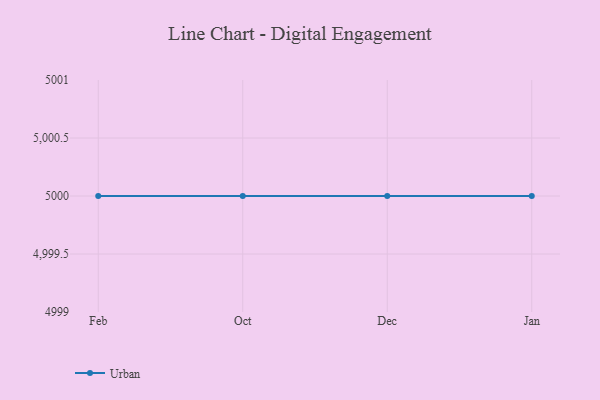
{"axis": {"x": "Month", "y": "Market Share (%)"}, "legend": ["Urban"], "data": [{"x": "Feb", "y": 5000, "type": "Urban"}, {"x": "Oct", "y": 5000, "type": "Urban"}, {"x": "Dec", "y": 5000, "type": "Urban"}, {"x": "Jan", "y": 5000, "type": "Urban"}]}